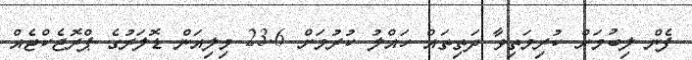
ފެން ލިބުމަށް ކުރިމަތިވާ ދަތިތައް ހައްލު ކުރުމަށް 23.6 މިލިއަން ޑޮލަރުގެ ޕްރޮޖެކްޓެއް